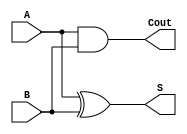
`timescale 1ns / 1ps

module HalfAdder(A, B, Cout, S);
	input A, B;
	output Cout, S;
	
	assign Cout = A & B; // carry output equation
	assign S = A ^ B; // Sum equation
	
	
endmodule